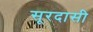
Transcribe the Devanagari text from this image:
सूरदासी